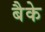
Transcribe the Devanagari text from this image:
बैके